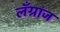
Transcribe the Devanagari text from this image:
लँग्रांज